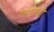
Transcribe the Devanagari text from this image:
खरातांची